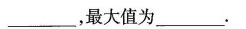
___，最大值为___.